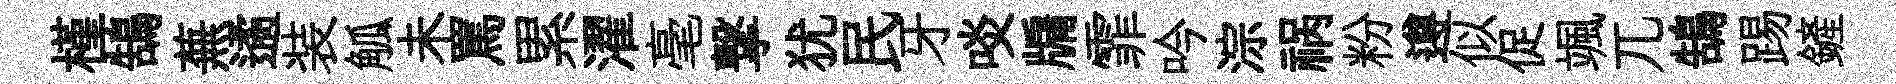
槿鵠蕪遹装觚未罵累濯毫撃犹民牙啖牖霏吟淙祸粉遵似促颯兀鵠踢鏟